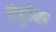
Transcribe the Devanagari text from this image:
हैड्डोक